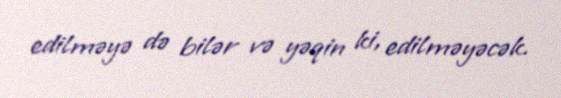
edilməyə də bilər və yəqin ki, edilməyəcək.